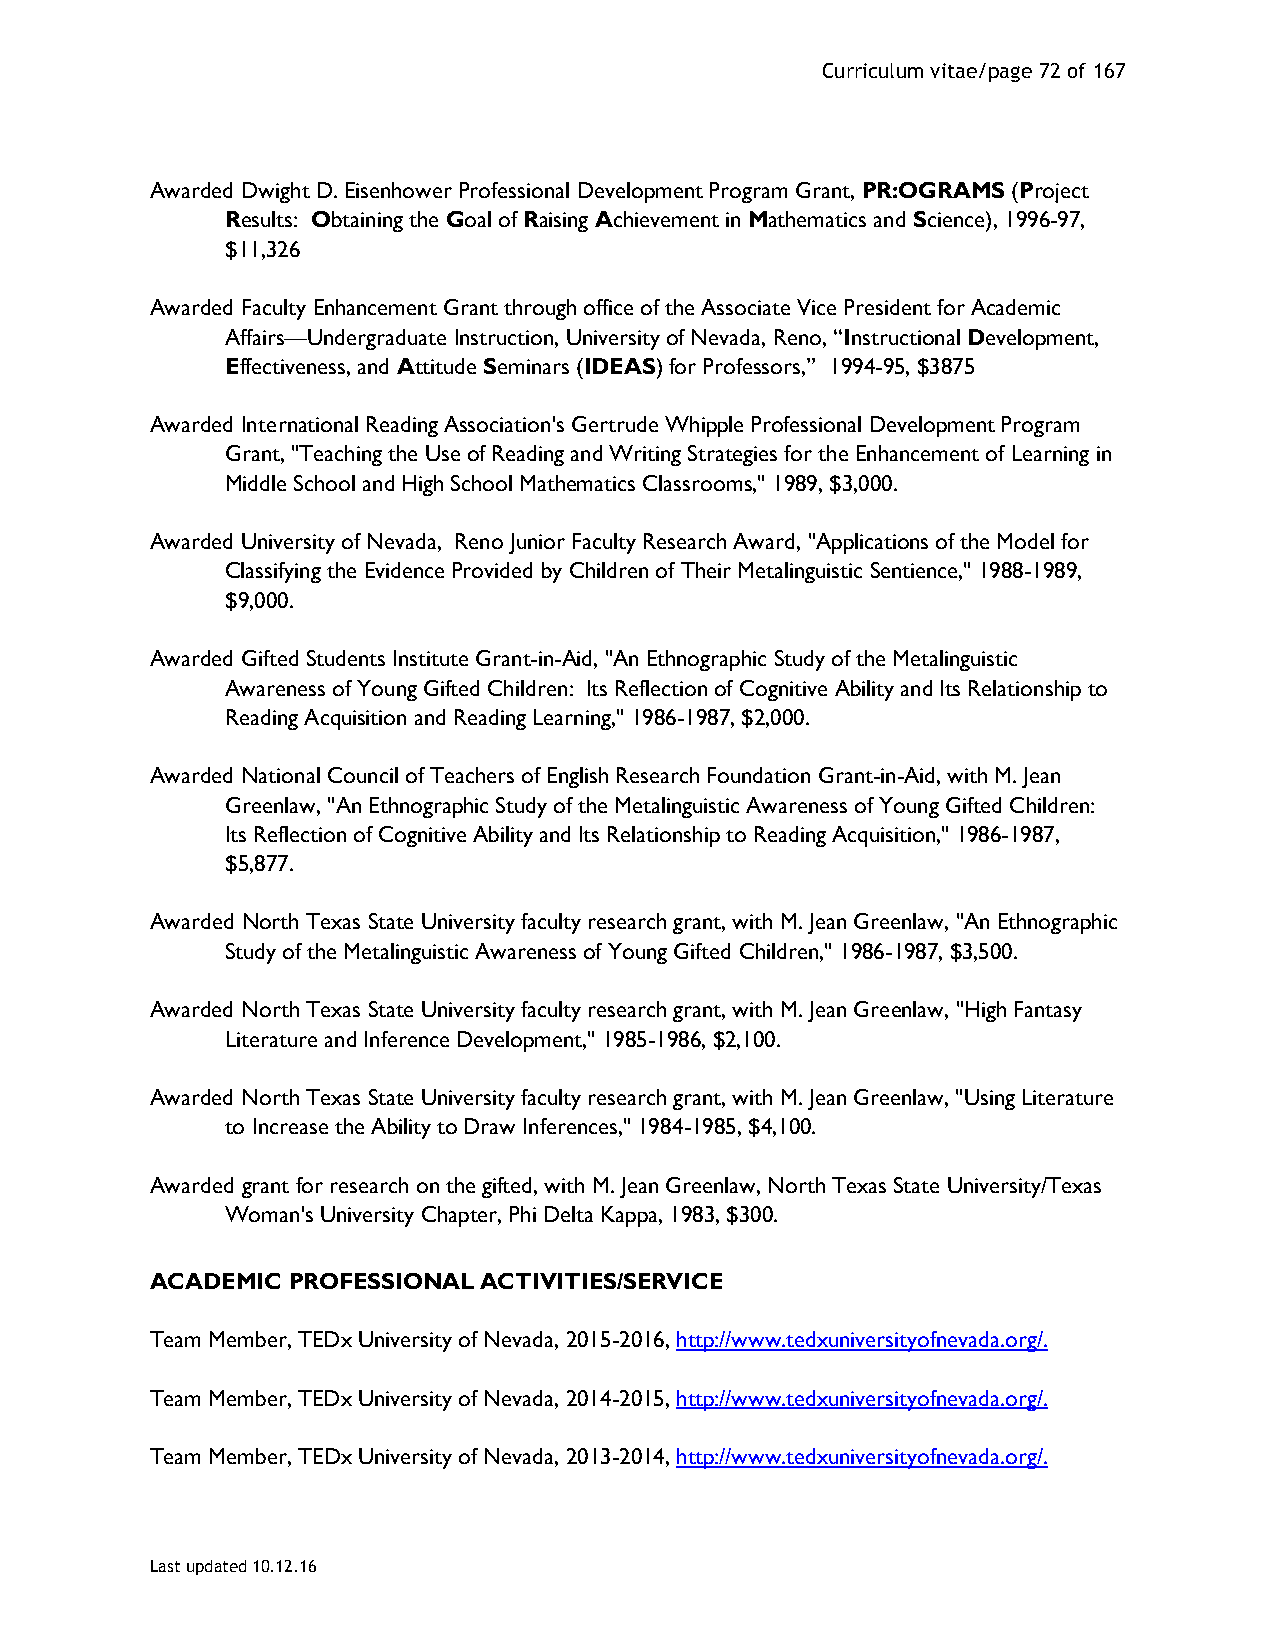
Curriculum vitae/page 72 of 167
 Awarded Dwight D. Eisenhower Professional Development Program Grant, PR:OGRAMS (Project
 Results: Obtaining the Goal of Raising Achievement in Mathematics and Science), 1996-97,
 $11,326
 Awarded Faculty Enhancement Grant through office of the Associate Vice President for Academic
 Affairs—Undergraduate Instruction, University of Nevada, Reno, “Instructional Development,
 Effectiveness, and Attitude Seminars (IDEAS) for Professors,” 1994-95, $3875
 Awarded International Reading Association's Gertrude Whipple Professional Development Program
 Grant, "Teaching the Use of Reading and Writing Strategies for the Enhancement of Learning in
 Middle School and High School Mathematics Classrooms," 1989, $3,000.
 Awarded University of Nevada, Reno Junior Faculty Research Award, "Applications of the Model for
 Classifying the Evidence Provided by Children of Their Metalinguistic Sentience," 1988-1989,
 $9,000.
 Awarded Gifted Students Institute Grant-in-Aid, "An Ethnographic Study of the Metalinguistic
 Awareness of Young Gifted Children: Its Reflection of Cognitive Ability and Its Relationship to
 Reading Acquisition and Reading Learning," 1986-1987, $2,000.
 Awarded National Council of Teachers of English Research Foundation Grant-in-Aid, with M. Jean
 Greenlaw, "An Ethnographic Study of the Metalinguistic Awareness of Young Gifted Children:
 Its Reflection of Cognitive Ability and Its Relationship to Reading Acquisition," 1986-1987,
 $5,877.
 Awarded North Texas State University faculty research grant, with M. Jean Greenlaw, "An Ethnographic
 Study of the Metalinguistic Awareness of Young Gifted Children," 1986-1987, $3,500.
 Awarded North Texas State University faculty research grant, with M. Jean Greenlaw, "High Fantasy
 Literature and Inference Development," 1985-1986, $2,100.
 Awarded North Texas State University faculty research grant, with M. Jean Greenlaw, "Using Literature
 to Increase the Ability to Draw Inferences," 1984-1985, $4,100.
 Awarded grant for research on the gifted, with M. Jean Greenlaw, North Texas State University/Texas
 Woman's University Chapter, Phi Delta Kappa, 1983, $300.
 ACADEMIC PROFESSIONAL ACTIVITIES/SERVICE
 Team Member, TEDx University of Nevada, 2015-2016, http://www.tedxuniversityofnevada.org/.
 Team Member, TEDx University of Nevada, 2014-2015, http://www.tedxuniversityofnevada.org/.
 Team Member, TEDx University of Nevada, 2013-2014, http://www.tedxuniversityofnevada.org/.
 Last updated 10.12.16